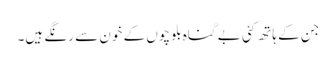
جن کے ہاتھ کئی بے گناہ بلوچوں کے خون سے رنگے ہیں۔